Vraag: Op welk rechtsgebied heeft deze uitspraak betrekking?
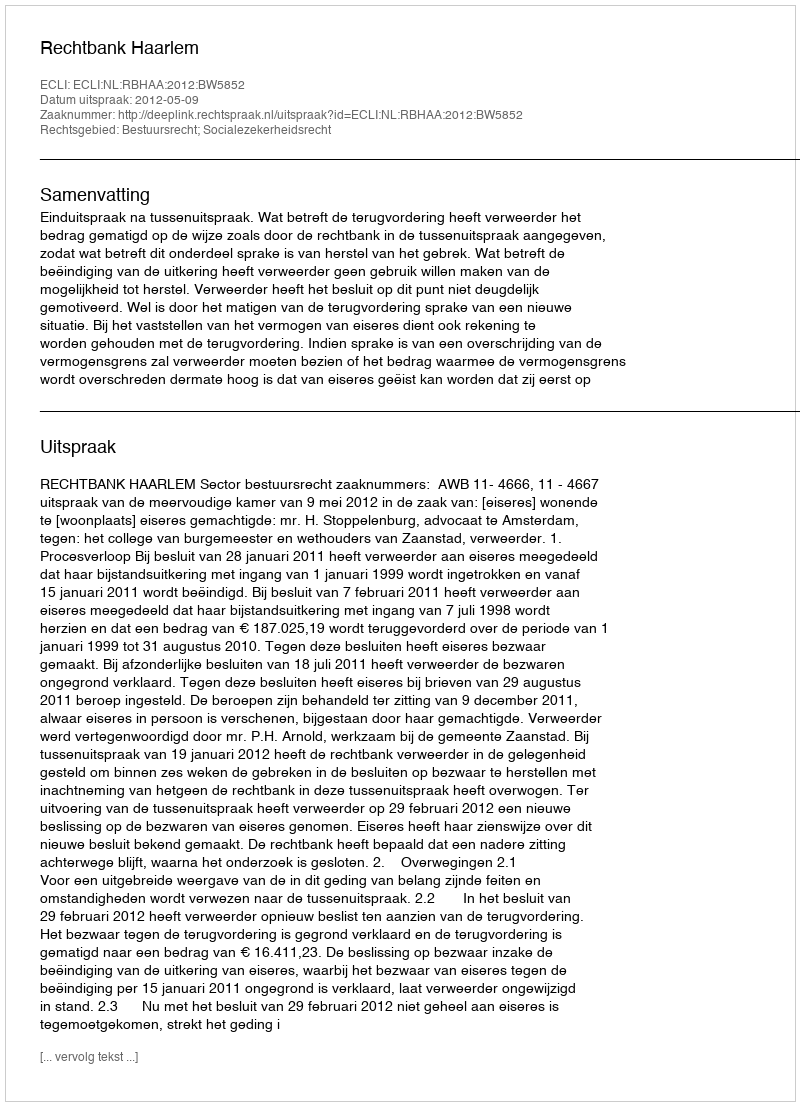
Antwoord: Bestuursrecht; Socialezekerheidsrecht